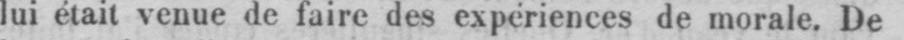
lui était venue de faire des experiéncesde morale. De